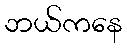
ဘယ်ကနေ